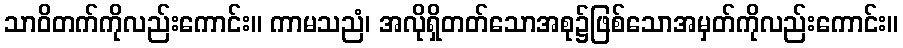
သာဝိတက်ကိုလည်းကောင်း။ ကာမသညံ၊ အလိုရှိတတ်သောအစု၌ဖြစ်သောအမှတ်ကိုလည်းကောင်း။